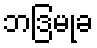
ဘဒြမုခ